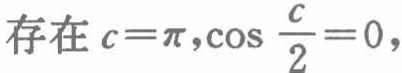
存在 \(c = \pi,\cos \frac{c}{2} = 0\)